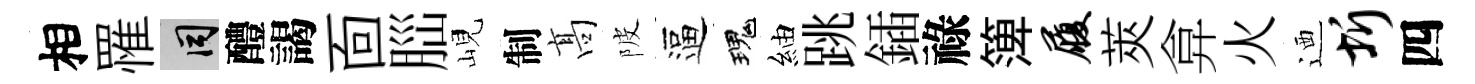
相罹间醴謁靣𦛁峴制髙陂逼瑰紬跳鍤祿𥱼履莢弇火迺圻四